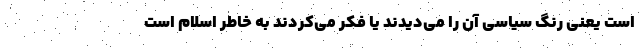
است یعنی رنگ سیاسی آن را می‌‌دیدند یا فکر می‌کردند به خاطر اسلام است